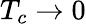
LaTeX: T_{c}\rightarrow 0